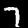
Label: 7